Vaccination in Bombay 1889-1901 - 1889-1901
Year: 1889
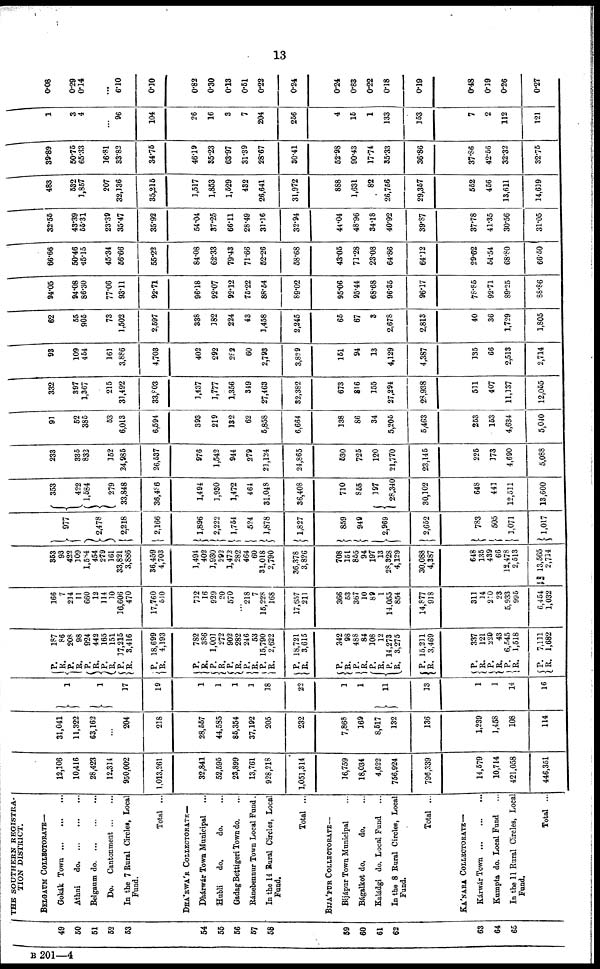
13
49
60
51
52
53
54
55
56
57
58
59
60
61
62
63
64
65
THE SOUTHERN REGISTRA-
TION DISTRICT.
BELGAUM COLLECTORATE—
Gokák Town
...
...
...
Athni
do.
...
...
...
Belgaum do
...
...
...
Do.
Cantonment
...
...
In the 7 Rural Circles, Local
Fund.
Total ...
DHA'RWA'R COLLECTORATE—
Dhárwár Town Municipal ...
Hubli
do.
do. ...
Gadag Béttigeri Town do. ...
Ránebennur Town Local Fund.
In the 14 Rural Circles, Local
Fund.
Total ...
BIJA'PUR COLLECTORATE—
Bijápur Town Municipal ...
Bágalkot do.
do. ...
Kaládgi do. Local Fund ...
In the 8 Rural Circles, Local
Fund.
Total ...
KA'NARA COLLECTORATE—
Kárwár Town
...
...
...
Kumpta do. Local Fund ...
In the 11 Rural Circles, Local
Fund.
Total ...
12,106
10,416
28,423
12,314
950,002
1,013,261
32,841
52,595
23,899
13,761
928,218
1,051,314
16,759
18,034
4,622
756,924
796,339
14,579
10,714
421,058
446,351
31,041
11,322
63,162
...
204
218
28,557
44,585
85,354
37,192
205
232
7,868
169
8,517
132
136
1,239
1,458
108
114
1
1
17
19
1
1
1
1
18
22
1
1
11
13
1
1
14
16
P.
R.
P.
R.
P.
R.
P.
R.
P.
R.
P.
R.
P.
R.
P.
R.
P.
R. P.
R.
P.
R.
P.
R.
P.
R.
P.
R.
P.
R.
P.
R.
P.
R.
P.
R.
P.
R.
P.
R.
P.
R.
187
86
208
98
924
442
165
151
17,215
3,416
18,699
4,193
782
386
1,001
272
902
282
246
53
15,790
2,622
18,721
3,615
342
98
488
84
108
12
14,273
3,275
15,211
3,469
337
121
229
43
6,545
1,518
7,111
1,682
166
7
214
11
660
12
114
10
16,606
470
17,760
510
712
16
929
20
570
...
218
7
15,228
168
17,657
211
366
53
367
10
89
1
14,055
854
14,877
918
311
14
210
23
5,933
995
6,454
1,032
353
93
422
109
1,584
454
279
161
33,821
3,886
36,459
4,703
1,494
402
1,930
292
1,472
282
464
60
31,018
2,790
36,378
3,826
708
151
855
94
197
13
28,328
4,129
30,088
4,387
648
135
439
66
12,478
2,513
13,565
2,714
977
2,478
2,218
2,166
1,896
2,222
1,754
524
1,878
1,827
859
949
2,969
2,652
783
505
1,071
1,017
353
422
1,584
279
33,848
36,486
1,494
1,930
1,472
464
31,048
36,408
710
855
197
28,340
30,102
648
441
12,511
13,600
233
335
832
152
24,985
26,537
976
1,542
944
279
21,124
24,865
530
725
120
21,770
23,145
225
173
4,690
5,088
91
52
385
53
6,013
6,594
393
219
132
62
5,858
6,664
138
86
34
5,206
6,463
253
153
4,634
5,040
332
397
1,367
215
31,492
33,803
1,437
1,777
1,356
349
27,463
32,382
673
816
155
27,294
28,938
511
407
11,137
12,055
93
109
454
161
3,886
4,703
402
292
282
60
2,793
3,829
151
94
13
4,129
4,387
135
66
2,513
2,714
62
55
905
73
1,502
2,597
338
182
224
43
3,458
2,245
65
67
3
2,678
2,813
40
36
1,729
1,805
94.05
94.08
86.30
77.06
93.11
92.71
96.18
92.07
92.12
75.22
88.64
89.02
95.06
95.44
68.68
96.35
96.17
78.85
92.71
89.25
88.86
66.66
50.46
45.15
45.34
56.66
55.22
84.08
62.33
79.43
71.66
52.26
58.68
43.05
71.28
23.08
64.86
64.32
29.62
54.54
68.80
66.50
32.55
43.39
55.31
23.39
35.47
35.92
54.04
37.25
66.11
28.49
31.16
32.94
44.04
48.96
34.18
40.92
39.87
37.78
41.35
30.56
31.05
483
532
1,857
207
32,336
35,215
3,517
1,853
1,529
432
26,641
31,972
888
1,631
82
26,756
29,357
552
456
13,611
14,619
39.89
50.75
65.33
16.81
33.82
34.75
46.19
35.23
63.97
31.39
28.67
30.41
52.98
90.43
17.74
35.33
36.86
37.86
42.56
32.32
32.75
1
3
4
...
96
104
26
16
3
7
204
256
4
15
1
133
153
7
2
112
121
0.08
0.29
0.14
...
6.10
0.10
0.82
0.30
0.13
0.51
0.22
0.24
0.24
0.83
0.22
0.18
0.19
0.48
0.19
0.26
0.27
B 201—4